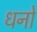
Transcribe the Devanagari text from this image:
धनों